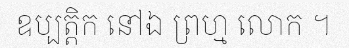
ឧប្បត្តិក នៅឯ ព្រហ្ម លោក ។